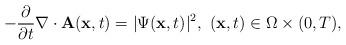
LaTeX: \begin{align*} -\frac{\partial}{\partial t}\nabla\cdot\mathbf{A}(\mathbf{x},t) = |\Psi(\mathbf{x},t)|^{2}, \,\,(\mathbf{x},t)\in\Omega\times(0,T),\end{align*}